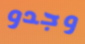
وجدو